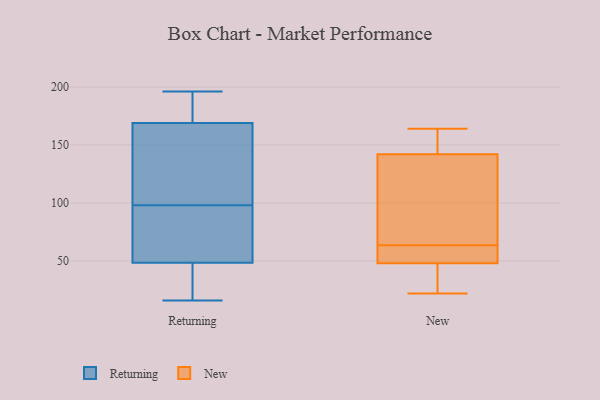
{"axis": {"x": "Bounce Rate (%)", "y": "Value"}, "legend": ["New", "Returning"], "data": [{"x": "", "y": 166, "type": "Returning"}, {"x": "", "y": 170, "type": "Returning"}, {"x": "", "y": 129, "type": "Returning"}, {"x": "", "y": 93, "type": "Returning"}, {"x": "", "y": 34, "type": "Returning"}, {"x": "", "y": 172, "type": "Returning"}, {"x": "", "y": 16, "type": "Returning"}, {"x": "", "y": 48, "type": "Returning"}, {"x": "", "y": 98, "type": "Returning"}, {"x": "", "y": 196, "type": "Returning"}, {"x": "", "y": 50, "type": "Returning"}, {"x": "", "y": 62, "type": "New"}, {"x": "", "y": 36, "type": "New"}, {"x": "", "y": 140, "type": "New"}, {"x": "", "y": 164, "type": "New"}, {"x": "", "y": 22, "type": "New"}, {"x": "", "y": 65, "type": "New"}, {"x": "", "y": 142, "type": "New"}, {"x": "", "y": 88, "type": "New"}, {"x": "", "y": 50, "type": "New"}, {"x": "", "y": 31, "type": "New"}, {"x": "", "y": 157, "type": "New"}, {"x": "", "y": 48, "type": "New"}, {"x": "", "y": 153, "type": "New"}, {"x": "", "y": 56, "type": "New"}]}